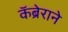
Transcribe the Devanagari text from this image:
कॅब्रेराने